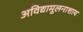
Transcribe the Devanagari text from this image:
अविद्यामूलनाशाय